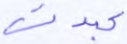
عبدت